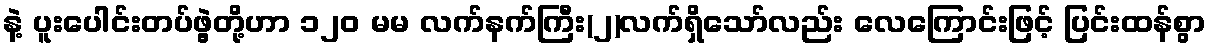
နဲ့ ပူးပေါင်းတပ်ဖွဲ့တို့ဟာ ၁၂၀ မမ လက်နက်ကြီး(၂)လက်ရှိသော်လည်း လေကြောင်းဖြင့် ပြင်းထန်စွာ